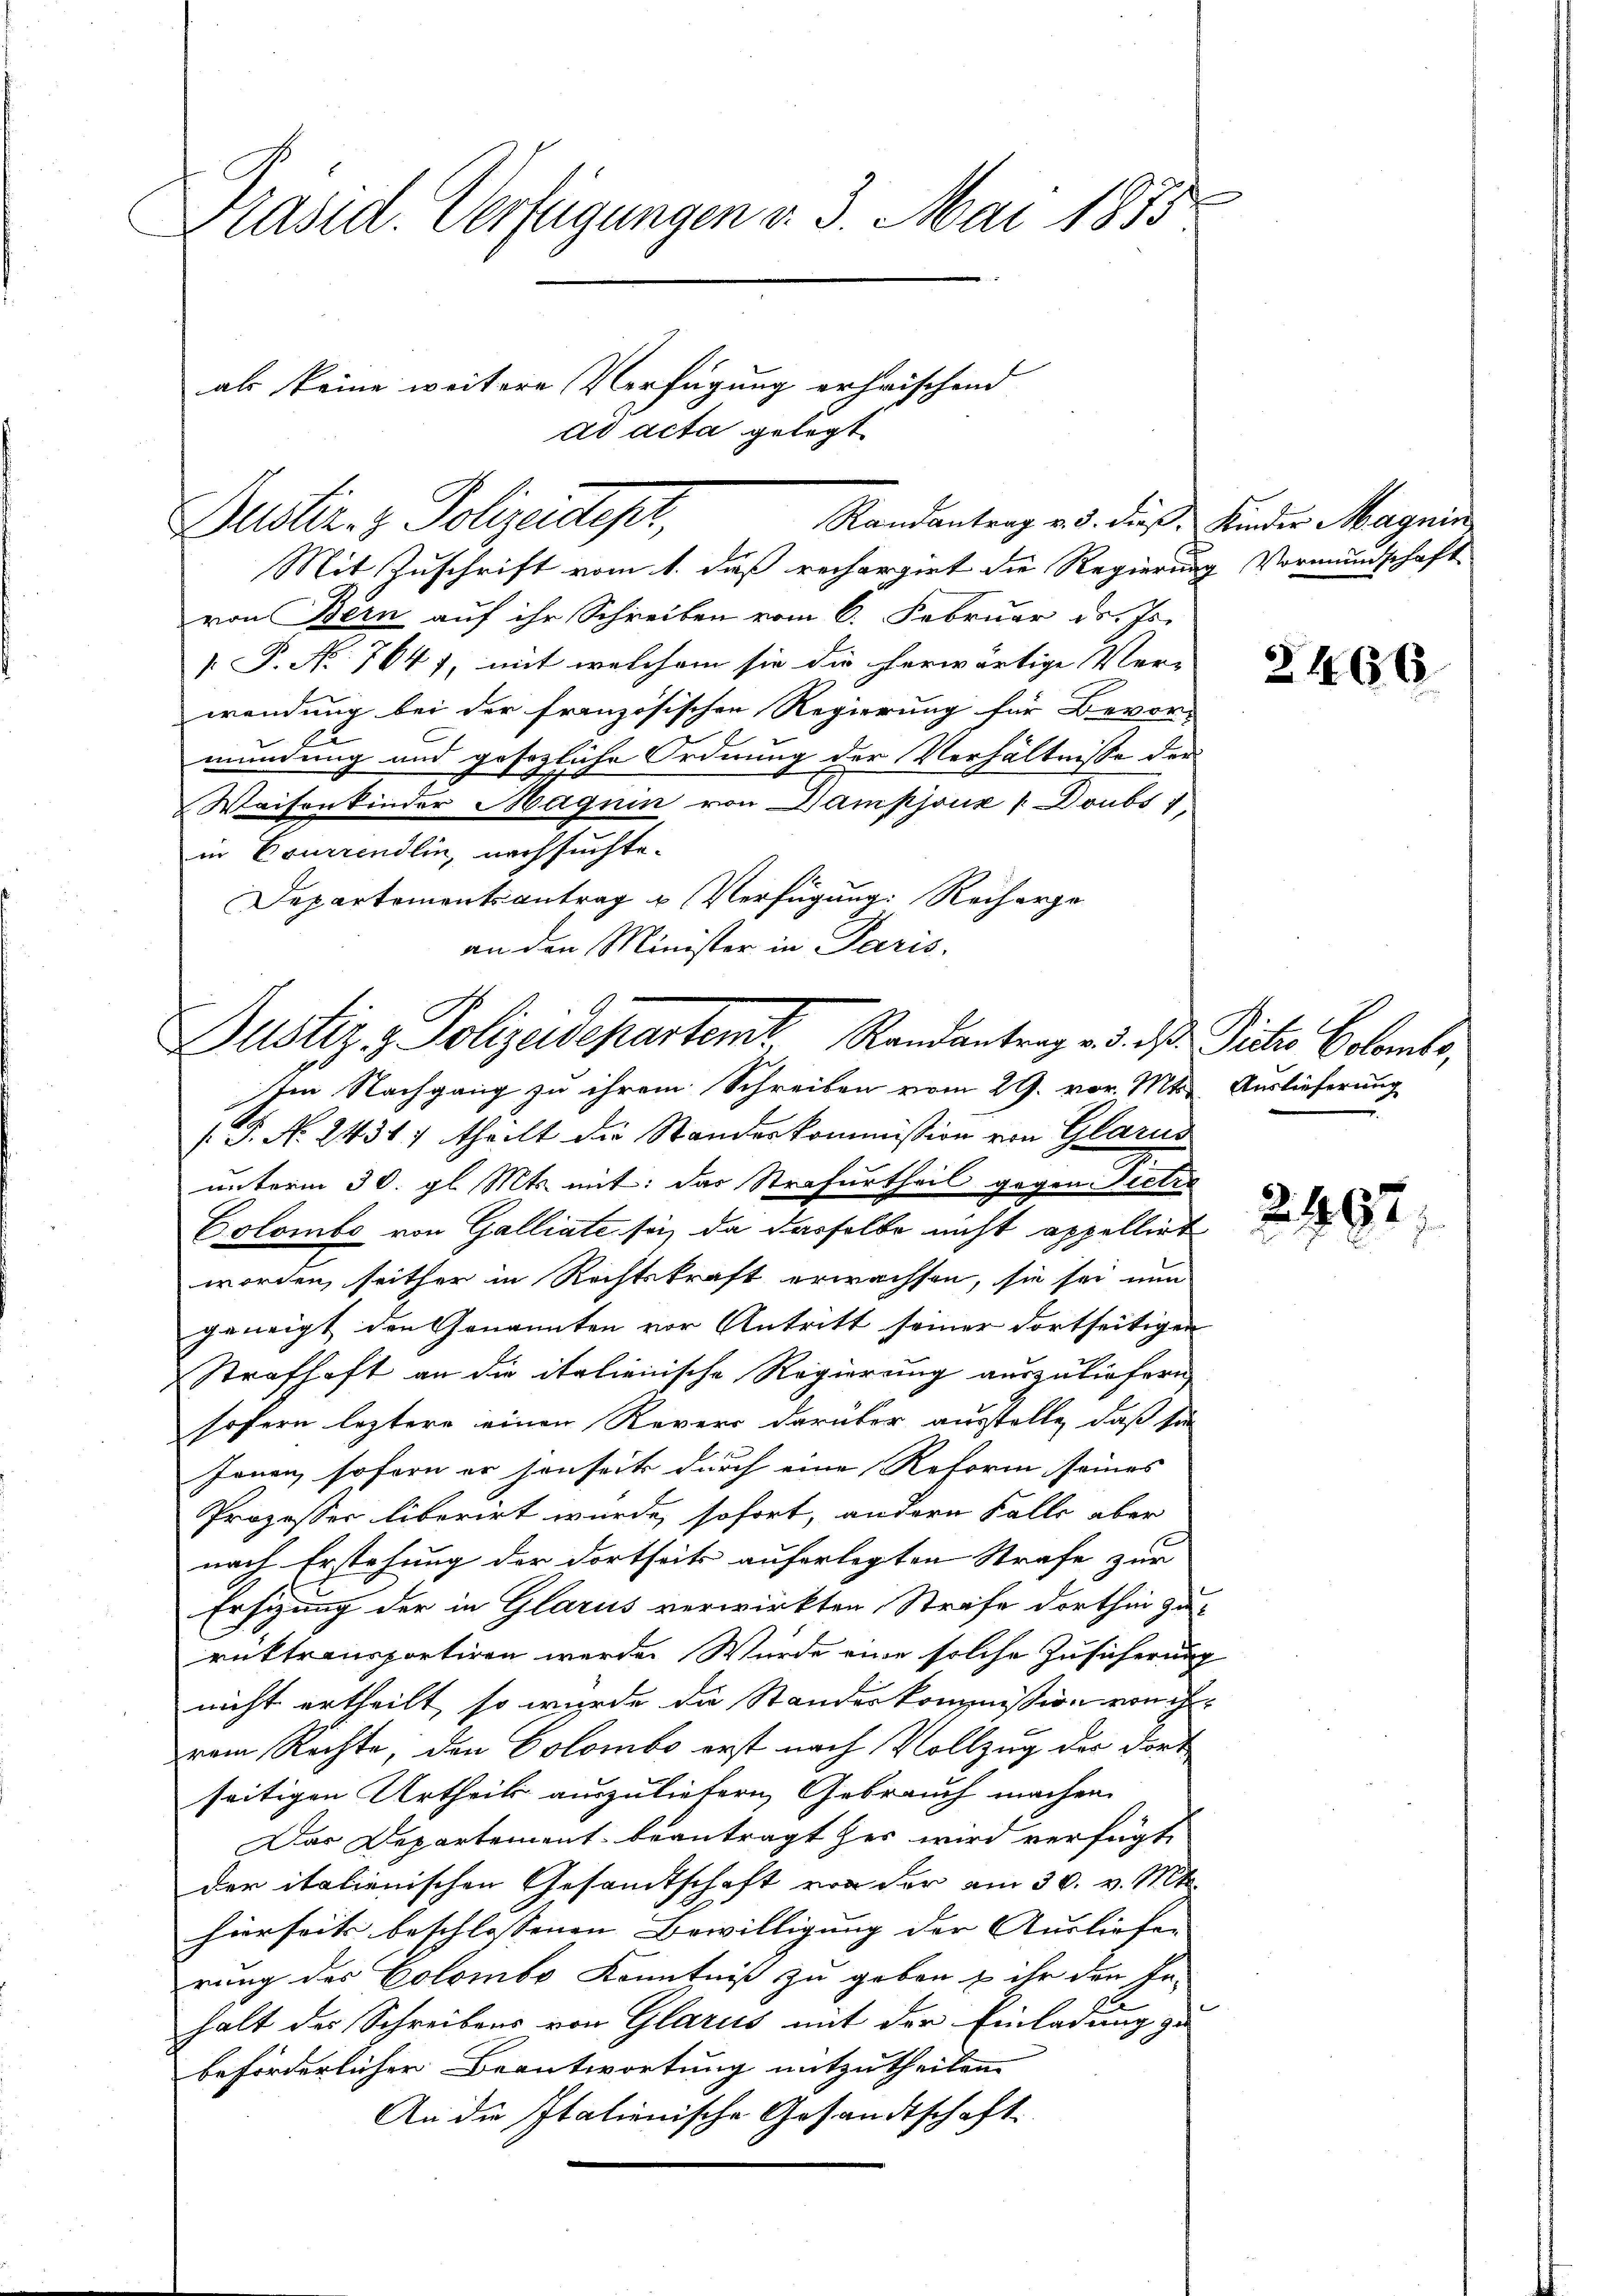
Präsid. Verfügungen v. 3. Mai 1855.
als keine weitere Verfügung erheischend
ad acta gelegt

Duster. z. Polizeidtest,

Mit Zuschrift vom 1. daß rechargirt die Regierung Vormundschaft
von Bern auf ihr Schreiben vom 6. Februar d. Js.
[ P. No. 7647, mit welchem sie die herwärtige Ver-
wendung bei der französischen Regierung für Bevor-
mundung und gesezliche Ordnung der Verhältnisse der
Waisenkinder Magnin von Dampjoux (Doubs 1
in Eruirendlin, nachsuchte.
Departementsantrag u Verfügung: Recharge
an den Minister in Paris.

Randantrag v. 3. dieß, Kinder Magnin

Justiz & Polizeidepartemt. Randantrag d. d.
Im Nachgang zu ihrem Schreiben vom 29. vor. Mts. Auslieferung
.P. N. 2434; theilt die Standeskommission von Glarus

unterm 30. gl. Mts. mit: das Strafurtheil gegen Pietr
Colombe von Galliate sei, da dasselbe nicht appellirt
worden, seither in Rechtskraft erwachsen, sie sei nun
geneigt den Genannten vor Antritt seiner dortseitigen
Strafhaft an die italienische Regierung auszuliefern
sofern leztere einen Revers darüber ausstelle, daß sie
f
Jonen, soforn er senseits durch eine Reform seines
Prozesser liberirt wurde, sofort, andern Falle aber
nach Erstehung der dortseits auferlegten Strafe zur
Ersitzung der in Glarus verwirkten Strafe dorthin zu-
rüktransportiren werde. Würde eine solche Zusicherung
nicht ertheilt, so wurde da Standeskommißion von ih
vom Rechte, den Colombe erst nach Vollzug der Fort
seitigen Urtheils auszuliefern Gebrauch machen
Das Departement beantragt her wird verfügt
der italienischen Gesandtschaft von der am 30. v. Mts.
hierseits beschlossenen Bewilligung der Ausliefen |
rung des Colombo Kenntniß zu geben & ihr den Fa-
halt der Schreibens von Glarus mit der Einladung zu
beförderlicher Beantwortung mitzutheilen.
An die Italienische Gesandtschaft.

2466.

Dictis Colombe,

2497